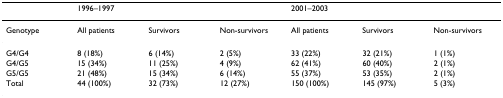
<table><thead><tr><td></td><td colspan="3"><b>1996–1997</b></td><td colspan="3"><b>2001–2003</b></td></tr></thead><tbody><tr><td>Genotype</td><td>All patients</td><td>Survivors</td><td>Non-survivors</td><td>All patients</td><td>Survivors</td><td>Non-survivors</td></tr><tr><td>G4/G4</td><td>8 (18%)</td><td>6 (14%)</td><td>2 (5%)</td><td>33 (22%)</td><td>32 (21%)</td><td>1 (1%)</td></tr><tr><td>G4/G5</td><td>15 (34%)</td><td>11 (25%)</td><td>4 (9%)</td><td>62 (41%)</td><td>60 (40%)</td><td>2 (1%)</td></tr><tr><td>G5/G5</td><td>21 (48%)</td><td>15 (34%)</td><td>6 (14%)</td><td>55 (37%)</td><td>53 (35%)</td><td>2 (1%)</td></tr><tr><td>Total</td><td>44 (100%)</td><td>32 (73%)</td><td>12 (27%)</td><td>150 (100%)</td><td>145 (97%)</td><td>5 (3%)</td></tr></tbody></table>